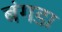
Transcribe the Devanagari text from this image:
बंगडा